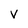
Character: V